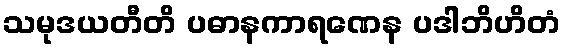
သမုဒယတီတိ ပဓာနကာရဏေန ပဒါဘိဟိတံ